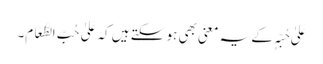
عَلیٰ حُبِّہٖ کے یہ معنی بھی ہو سکتے ہیں کہ عَلیٰ حُبِّ الطَّعَامِ۔